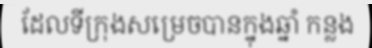
ដែលទីក្រុងសម្រេចបានក្នុងឆ្នាំ កន្លង